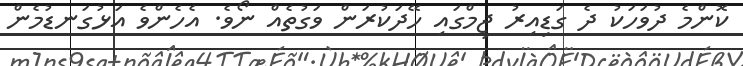
ކޮންމެ ދުވަހަކު ދެ ގަޑިއިރު ޖިމްގައި ހޭދަކުރަން ވަގުތެއް ނޯވެ. އެހެންވެ އަޅުގަނޑުމެން